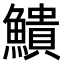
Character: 𫙷